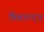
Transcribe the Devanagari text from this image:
षिवनन्दन